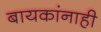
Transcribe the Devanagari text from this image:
बायकांनाही